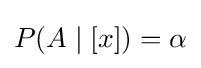
\textstyle P(A\mid [x])=\alpha